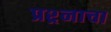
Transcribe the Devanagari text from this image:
प्रश्र्नाचा